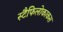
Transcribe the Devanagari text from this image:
स्टैफिलोकाकस